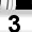
Digit: 3